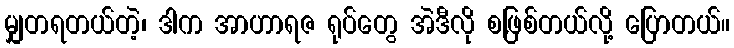
မျှတရတယ်တဲ့၊ ဒါက အာဟာရဇ ရုပ်တွေ အဲဒီလို စ,ဖြစ်တယ်လို့ ပြောတယ်။